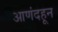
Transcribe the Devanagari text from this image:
आणंदहून